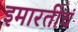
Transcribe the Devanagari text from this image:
इमारतीचं